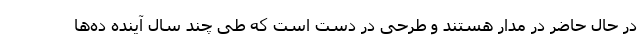
در حال حاضر در مدار هستند و طرحی در دست است که طی چند سال آینده ده‌ها